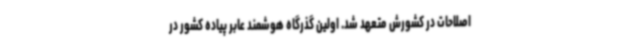
اصلاحات در کشورش متعهد شد. اولین گذرگاه هوشمند عابر پیاده کشور در